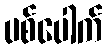
ပစ်ပေါက်